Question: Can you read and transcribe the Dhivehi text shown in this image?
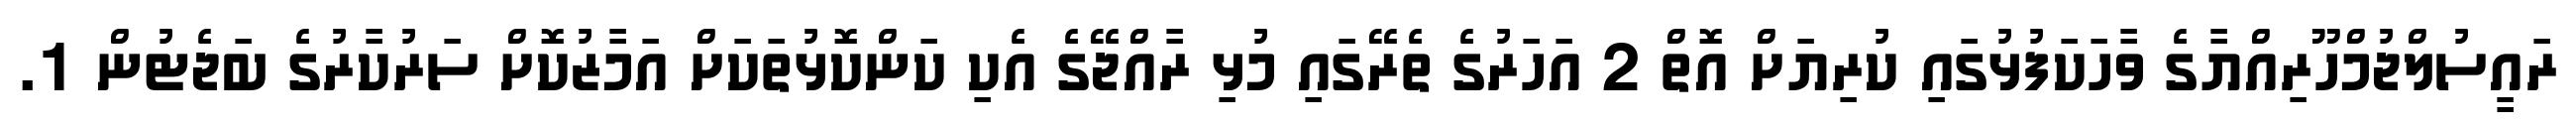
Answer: ރައީސުލްޖުމްހޫރިއްޔާގެ ވާހަކަފުޅުގައި ކުރިޔަށް އޮތް 2 އަހަރުގެ ތެރޭގައި މުޅި ރާއްޖޭގެ އެކި ކަންކޮޅުތަކަށް އަމާޒުކޮށް ސަރުކާރުގެ ބަޖެޓުން 1.